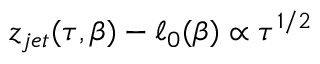
z _ { j e t } ( \tau , \beta ) - \ell _ { 0 } ( \beta ) \propto \tau ^ { 1 / 2 }